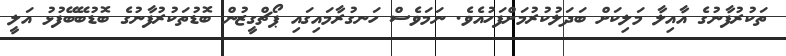
ތަކުރުފާނުގެ އާއިލާ މަލިކަށް ބަދަލުކުރުމަށްފަހުއެވެ. ނަމަވެސް ހަނގުރާމައިގައި ޕޯޗްގީޒުން ބޮޑުތަކުރުފާނުގެ ބޮޑުބޭބޭފުޅު އަލީ